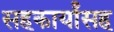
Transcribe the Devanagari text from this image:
सहकार्यांसह